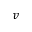
v